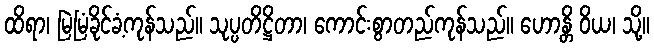
ထိရာ၊ မြဲမြံခိုင်ခံ့ကုန်သည်။ သုပ္ပတိဋ္ဌိတာ၊ ကောင်းစွာတည်ကုန်သည်။ ဟောန္တိ ဝိယ၊ သို့။